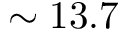
\sim 1 3 . 7